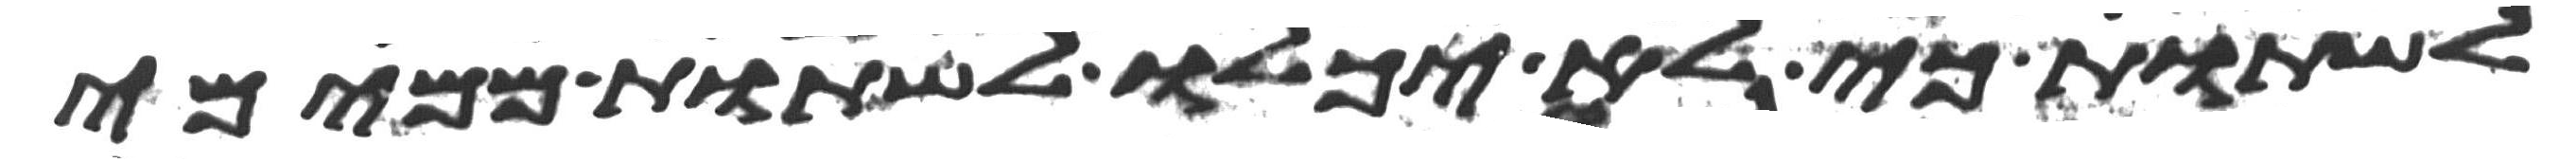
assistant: לשתות כי לא יכלו לשתות ממימי